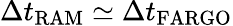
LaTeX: \Delta t_{\mathrm{RAM}}\simeq\Delta t_{\mathrm{FARGO}}